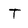
Character: T